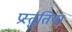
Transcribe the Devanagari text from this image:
प्रस्‍तुतियां